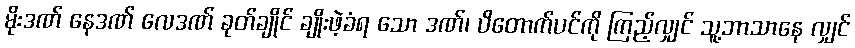
မိုးဒဏ် နေဒဏ် လေဒဏ် ခုတ်ချိုင် ချိုးဖဲ့ခံရ သော ဒဏ်၊ ပိတောက်ပင်ကို ကြည့်လျှင် သူ့ဘာသာနေ လျှင်